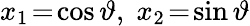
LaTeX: x_{1}\! =\! \cos\vartheta,\; x_{2}\! =\! \sin\vartheta